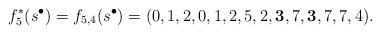
LaTeX: \begin{align*}f_5^*(s^\bullet)=f_{5,4}(s^{\bullet})=(0,1,2,0,1,2,5,{2},{\bf 3},7,{\bf 3},{7},{7},{4}).\end{align*}